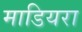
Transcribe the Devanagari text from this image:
माडियरा